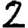
Digit: 2